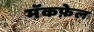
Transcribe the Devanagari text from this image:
मॅकफ़ेल